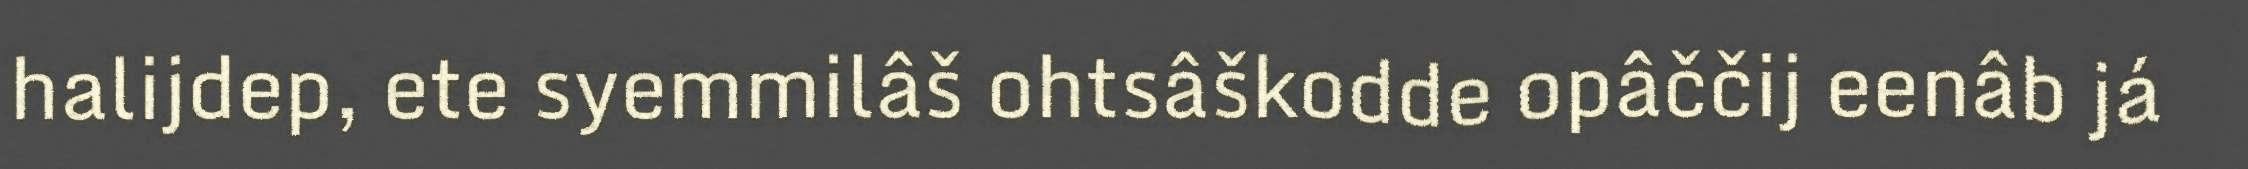
halijdep, ete syemmilâš ohtsâškodde opâččij eenâb já